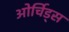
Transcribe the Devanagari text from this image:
ओर्चिड्स